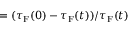
= ( \tau _ { \mathrm { F } } ( 0 ) - \tau _ { \mathrm { F } } ( t ) ) / \tau _ { \mathrm { F } } ( t )